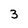
Character: 3